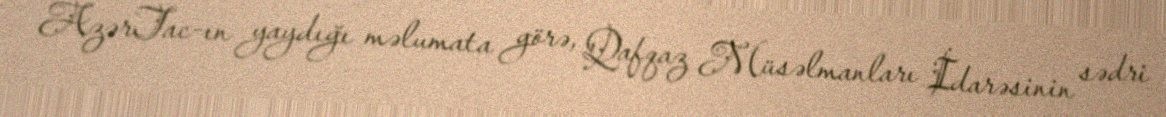
AzərTac-ın yaydığı məlumata görə, Qafqaz Müsəlmanları İdarəsinin sədri